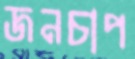
জনচাপ